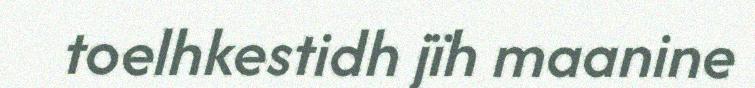
toelhkestidh jïh maanine